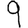
Digit: 9